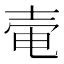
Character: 𡔩